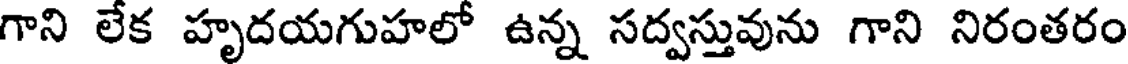
గాని లేక హృదయగుహలో ఉన్న సద్వస్తువును గాని నిరంతరం